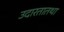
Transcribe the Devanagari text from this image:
उदारतातथा